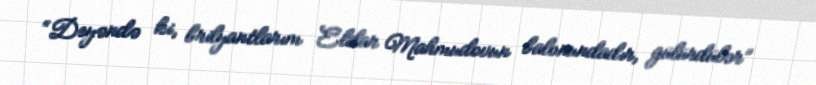
“Deyəndə ki, brilyantlarım Eldar Mahmudovun balonundadır, gülürdülər”